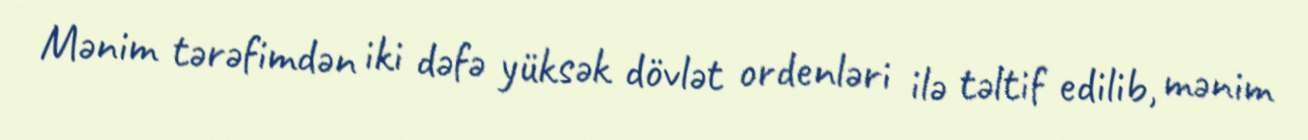
Mənim tərəfimdən iki dəfə yüksək dövlət ordenləri ilə təltif edilib, mənim